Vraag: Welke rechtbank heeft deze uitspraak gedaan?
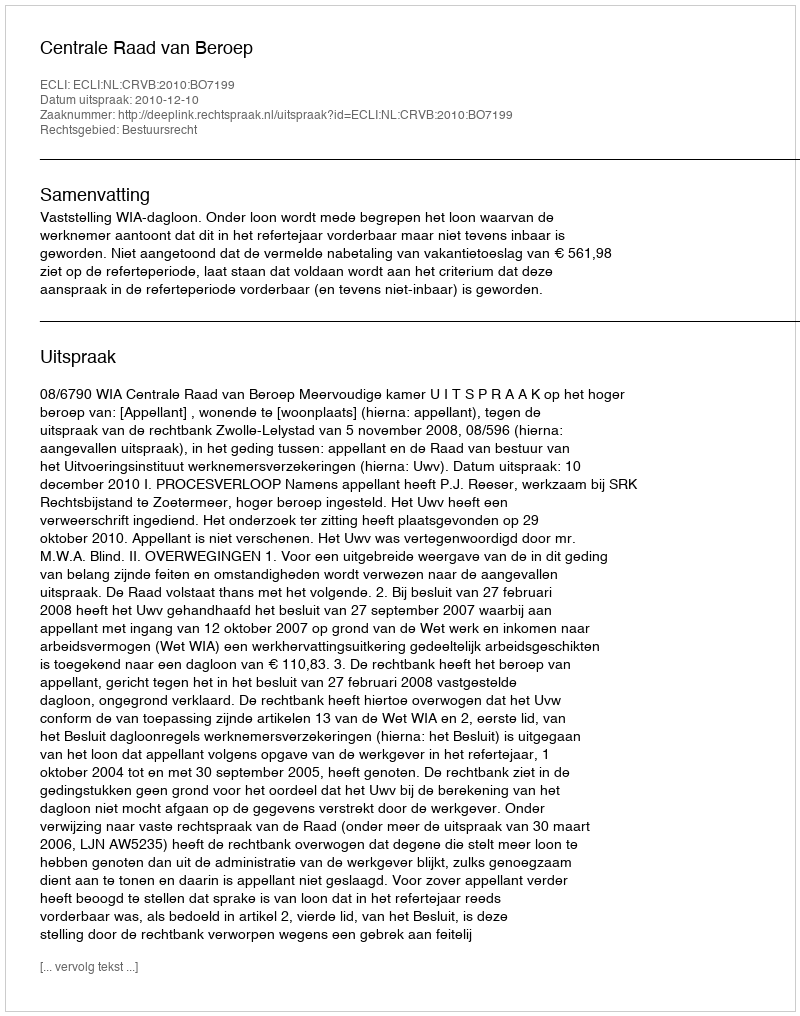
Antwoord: Centrale Raad van Beroep